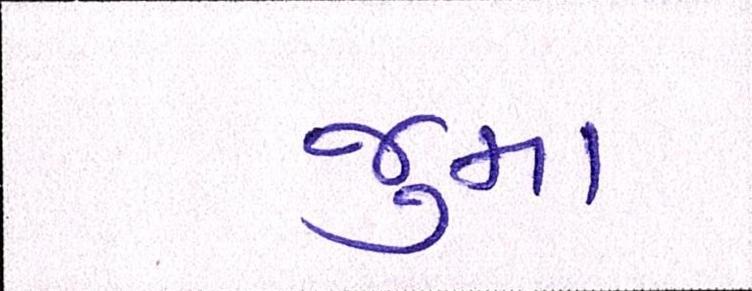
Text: જુમા